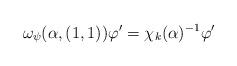
LaTeX: \begin{align*} \omega_\psi(\alpha, (1,1)) \varphi' = \chi_k(\alpha)^{-1} \varphi'\end{align*}